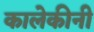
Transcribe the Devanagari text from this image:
कालेकीनी